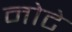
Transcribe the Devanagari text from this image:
नोटे